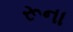
રૂના